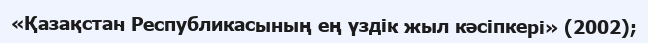
«Қазақстан Республикасының ең үздік жыл кәсіпкері» (2002);